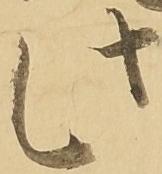
此